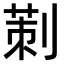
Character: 𠞁